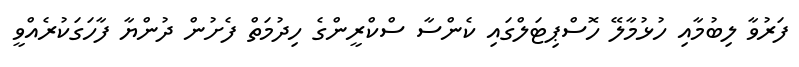
ފަރުވާ ލިބުމާއި ހުޅުމާލޭ ހޮސްޕިޓަލްގައި ކެންސާ ސްކްރީންގެ ހިދުމަތް ފެށުން ދުންޔާ ފާހަގަކުރެއްވީ